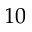
1 0